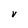
Character: V